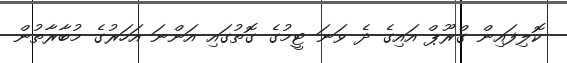
ކޮލިފައިން ގްރޫޕް އައިގެ ދެ ވަނަ ޓީމުގެ ގޮތުގައި އަންނަ އަހަރުގެ މުބާރާތުން